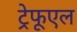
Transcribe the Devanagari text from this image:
ट्रेफूएल